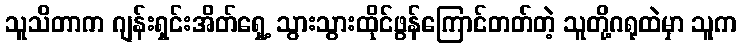
သူသိတာက ဂျန်းရှင်းအိတ်ရှေ့ သွားသွားထိုင်ဖွန်ကြောင်တတ်တဲ့ သူတို့ဂရုထဲမှာ သူက